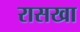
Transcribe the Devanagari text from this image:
रासखा